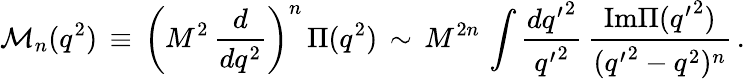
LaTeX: {\cal{M}}_{n}(q^{2})\, \equiv\, \bigg(M^{2}\, \frac{d}{dq^{2}}\bigg)^{n}\, \Pi(q^{2})\, \sim\, M^{2n}\, \int\frac{d{q^{\prime}}^{2}}{{q^{\prime}}^{2}}\, \frac{{\mathrm{Im}}\Pi({q^{\prime}}^{2})}{({q^{\prime}}^{2}-q^{2})^{n}}\, .